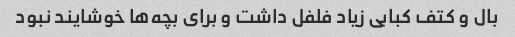
بال و کتف کبابی زیاد فلفل داشت و برای بچه‌ها خوشایند نبود